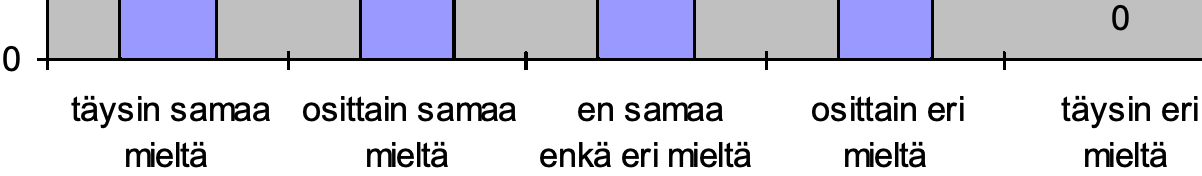
0 0 täysin samaa osittain samaa en samaa osittain eri täysin eri mieltä  mieltä enkä eri mieltä mieltä mieltä